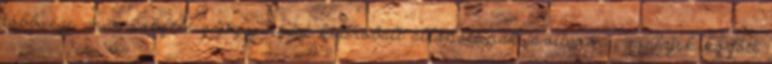
többsége már sokféle gyógymódot kipróbált állapotának javítására, melyek között